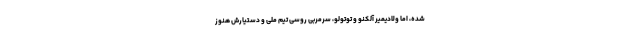
شده، اما ولادیمیر آلکنو و توتولو، سرمربی روسی تیم ملی و دستیارش هنوز